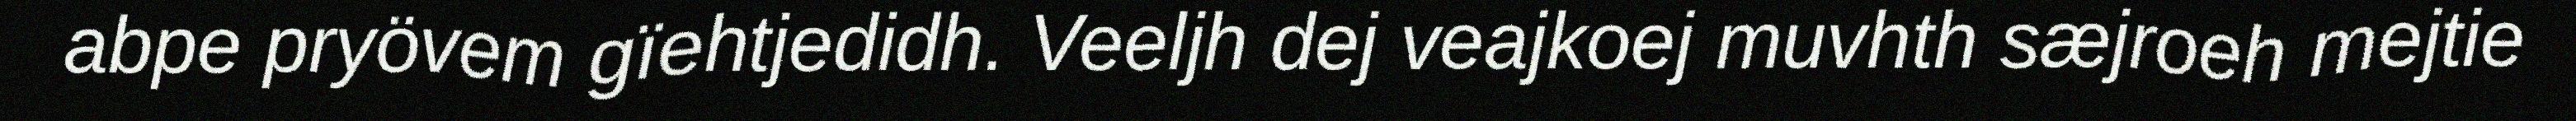
abpe pryövem gïehtjedidh. Veeljh dej veajkoej muvhth sæjroeh mejtie